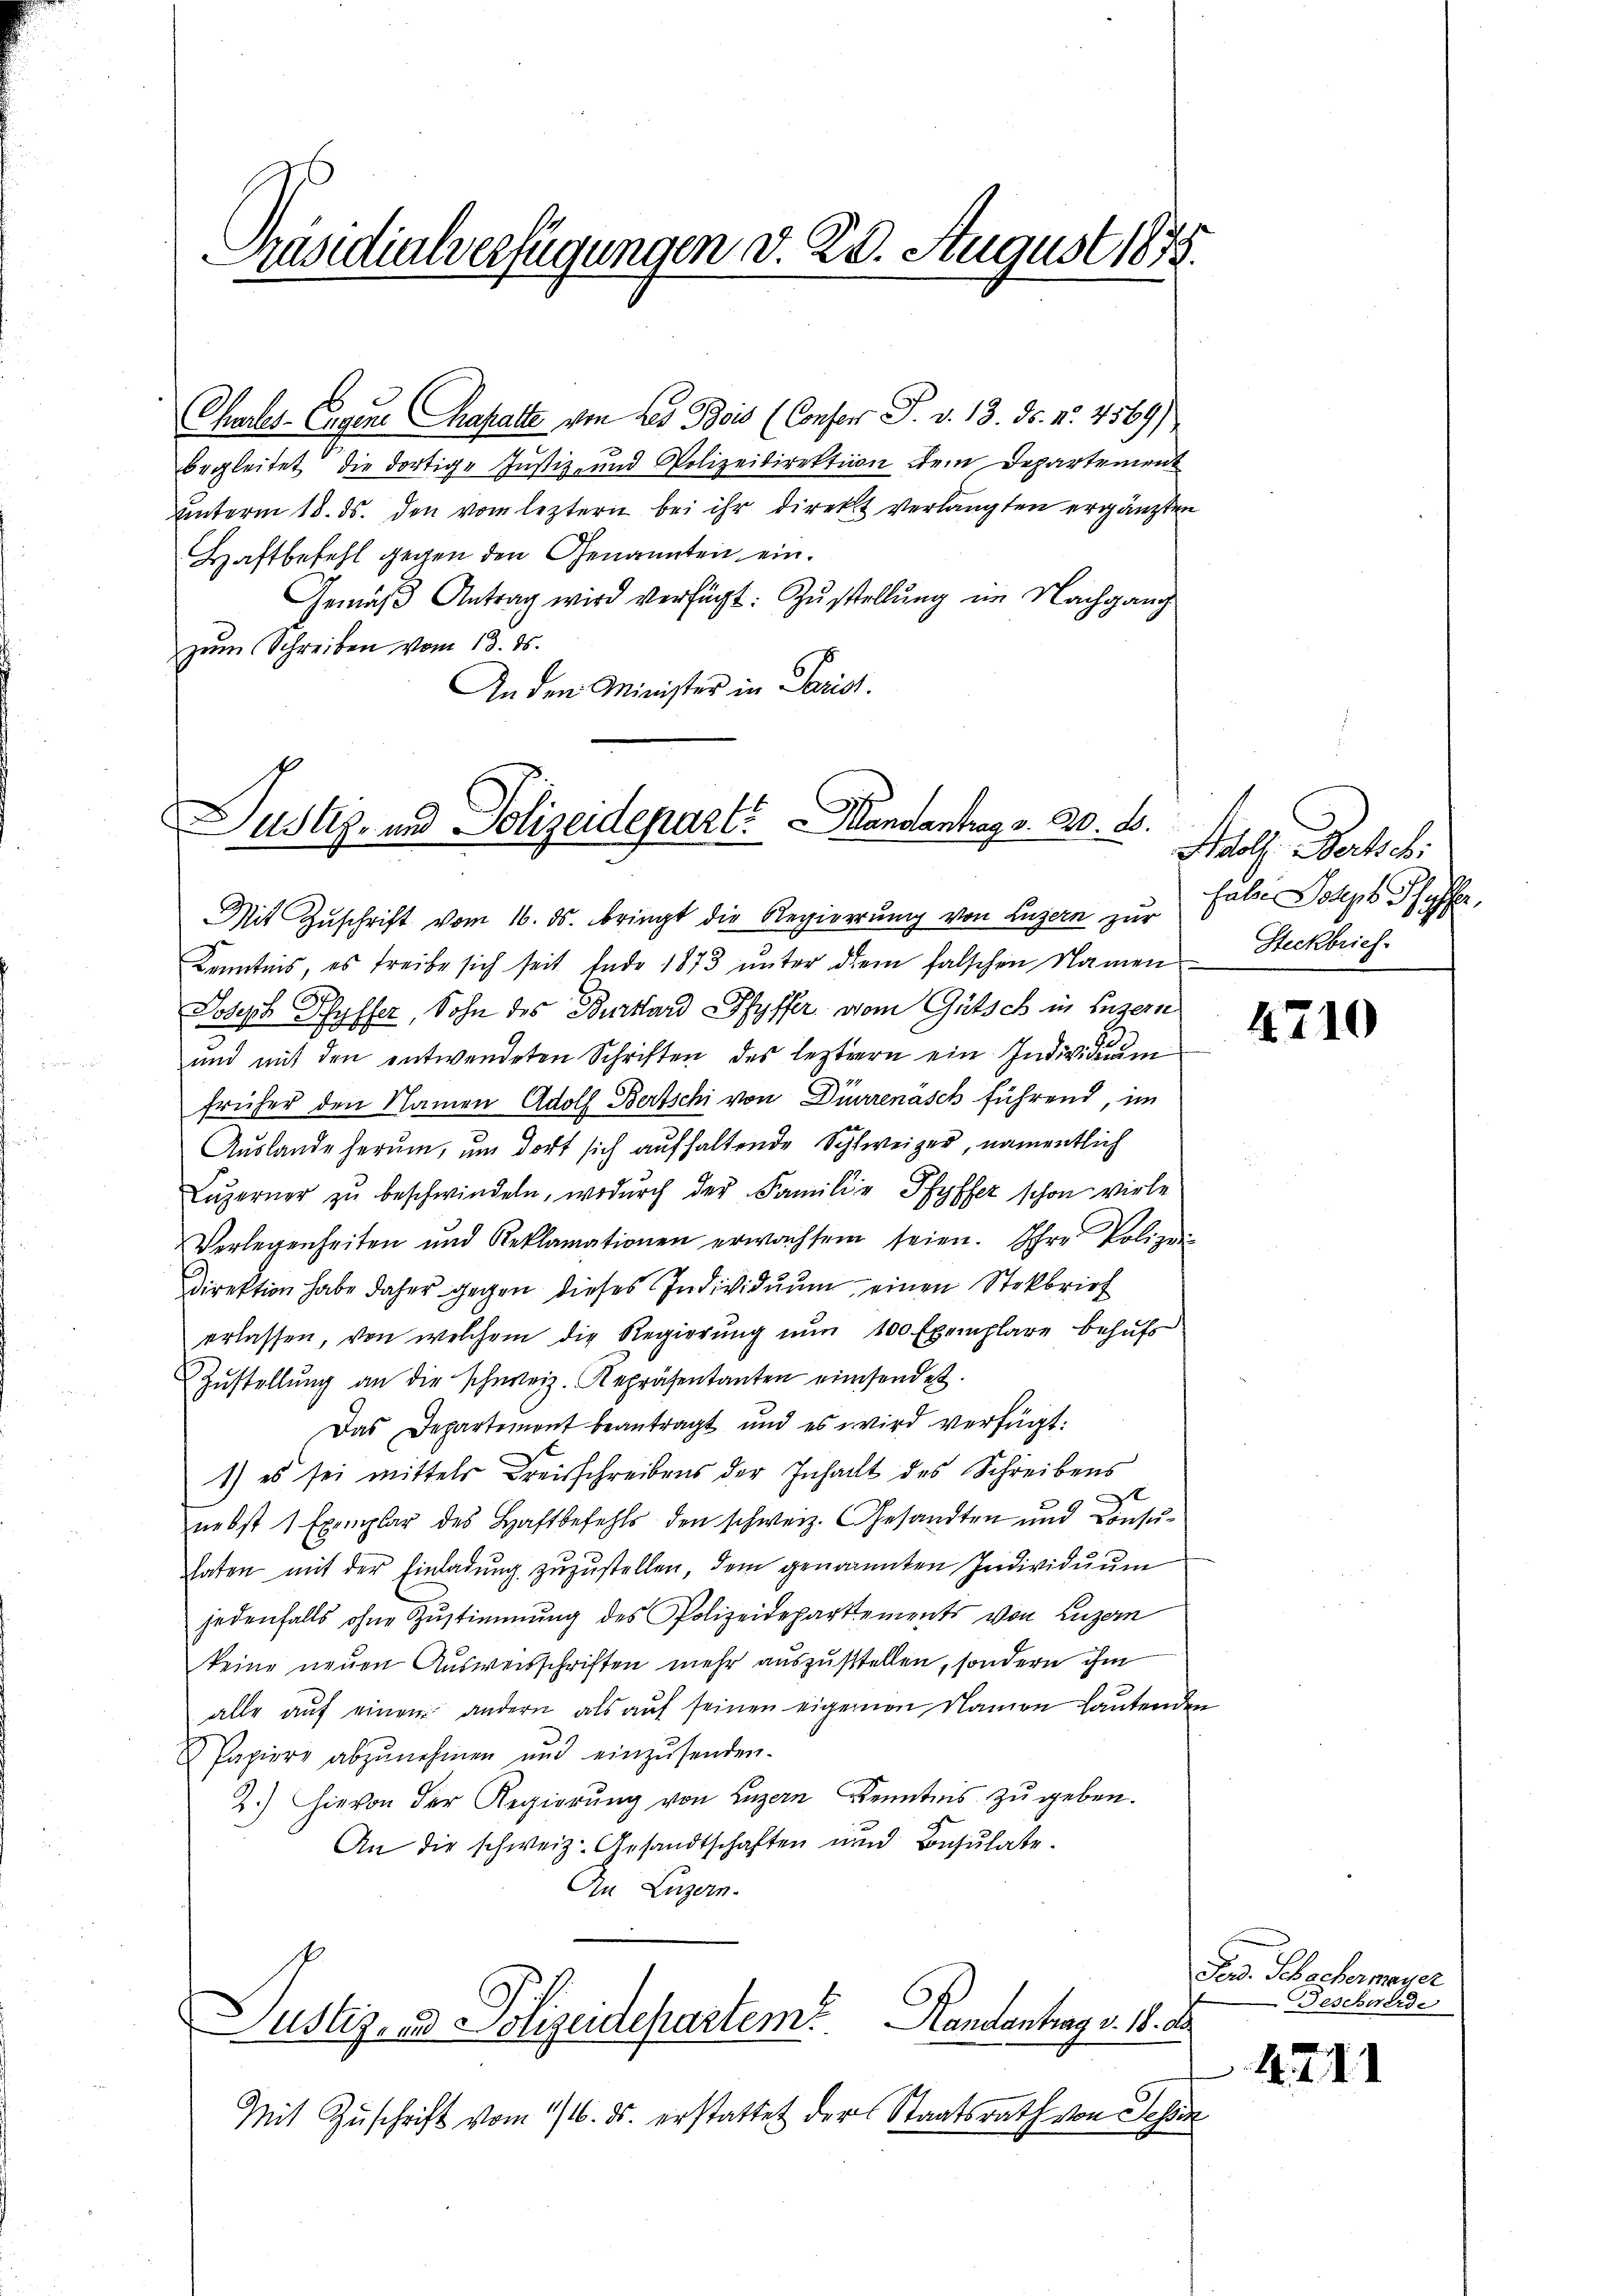
Präsidialverfügungen d. 20. August 1875.

Charles-Eigene Chahalte von des Beis (Confer P. v. 13. ds. No. 4569)
begleitet die dortige Justiz- und Polizeidirektion dem Departement
unterm 18. ds. den vom leztern bei ihr direkt verlangten ergänzten
Haftbefehl gegen den Genannten ein.
Gemäβ Antrag wird verfügt: Zustellung im Nachgang
zum Schreiben vom 13. ds.
An den Minister in Parist.

Justiz- und Polizeidepart. Mandantrag v. 20. d.

Mit Zŭschrift vom 16. ds. bringt die Regierung von Luzern zur
Kenntnis, es treibe sich seit Ende 1873 ŭnter dem falschen Namen
Joseph Pfyffer, Sohn des Burkhard Pfyffer, vom Gütsch in Luzern
und mit den entwendeten Schriften des leztern ein Individuum
früher den Namen Adolf Bertschi von Dürrenasch führend, im
Auslande herum, um dort sich aufhaltende Schweizer, namentlich
Lŭzerner zŭ beschwindeln, wodŭrch der Familie Pfyffer schon viele
Verlegenheiten und Reklamationen erwachsen seien. Ihre Polizei-
Direktion habe daher gegen dieses Individuum einen Stokbrief
erlassen, von welchem die Regierung nŭn 100 Exemplare behufs
Zŭstellŭng an die schweiz. Repräsentanten einsendet.
Das Departement beantragt und es wird verfügt:
1) es sei mittels Kreisschreibens der Inhalt des Schreibens
e
nebst 1 Exemplar des Haftbefehls den schweiz. Gesandten und Consuhaten mit der Einladung zuzustellen, dem genannten Individuum
jedenfalls ohne Zustimmung des Polizeidepartements von Luzern
keine neuen Ausweisschriften mehr auszustellen, sondern ihm
alle aŭf einen andern als aŭf seinen eigernen Namen laŭtenden
Papiere abzunehmen und einzusenden.
2.) Hievon der Regierung von Luzern Kenntnis zu geben.
An die schweiz. Gesandtschaften und Consulate.
In Luzern.
Justiz, und Polizeidepartem Handentrag v. 18. d.
Mit Zuschrift vom 16. ds. erstattet der Staatsrath von Tessin

Adolf Bertsch:
fahre Joseph Schaffer,
Steckbrief

4710

Ferd. Scheckermayer
Beschwerde

1711